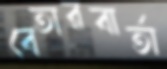
বেতারবার্তা